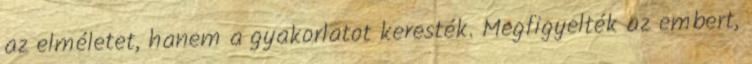
az elméletet, hanem a gyakorlatot keresték. Megfigyelték az embert,